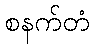
စနက်တံ